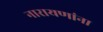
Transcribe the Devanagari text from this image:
नारायणांना